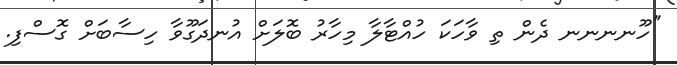
''ހޫނނނނ ދެން ތި ވާހަކަ ހުއްޓާލާ މިހާރު ބޮލަށް އުނދަގޫވާ ހިސާބަށް ގޮސްފި.